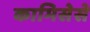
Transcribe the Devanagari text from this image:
कामिसेसे